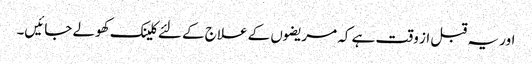
اور یہ قبل از وقت ہے کہ مریضوں کے علاج کے لئے کلینک کھولے جائیں۔